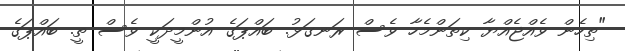
"ތިހެން ވެއްޖެއްޔާ ކިތަންމެހާ ވެސް ރަނގަޅު. ބައްޕަގެ އުންމީދަކީ ވެސް ތީ. ބައްޕަގެ